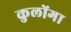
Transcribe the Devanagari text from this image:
कुलोंगा